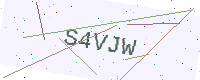
Text: S4VJW